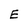
Character: E